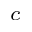
^ c